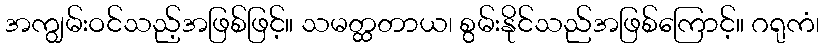
အကျွမ်းဝင်သည့်အဖြစ်ဖြင့်။ သမတ္ထတာယ၊ စွမ်းနိုင်သည်အဖြစ်ကြောင့်။ ဂရုကံ၊